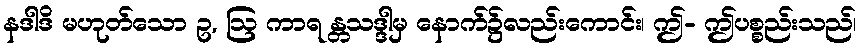
နဒါဒိ မဟုတ်သော ဥ, ဩ ကာရ န္တသဒ္ဒါမှ နောက်၌လည်းကောင်း၊ ဤ- ဤပစ္စည်းသည်၊